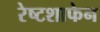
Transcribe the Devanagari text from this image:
रेष्टशाफेन